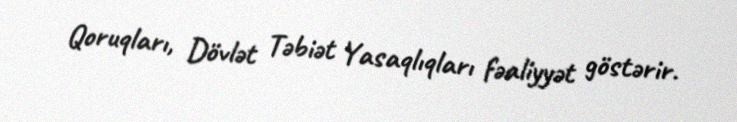
Qoruqları, Dövlət Təbiət Yasaqlıqları fəaliyyət göstərir.